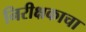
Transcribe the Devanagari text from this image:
निरीक्षकाचा